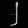
Digit: ၂